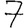
Digit: 7